Insane asylums in Bengal annual reports 1867-1875 - 1867-1875
Year: 1867
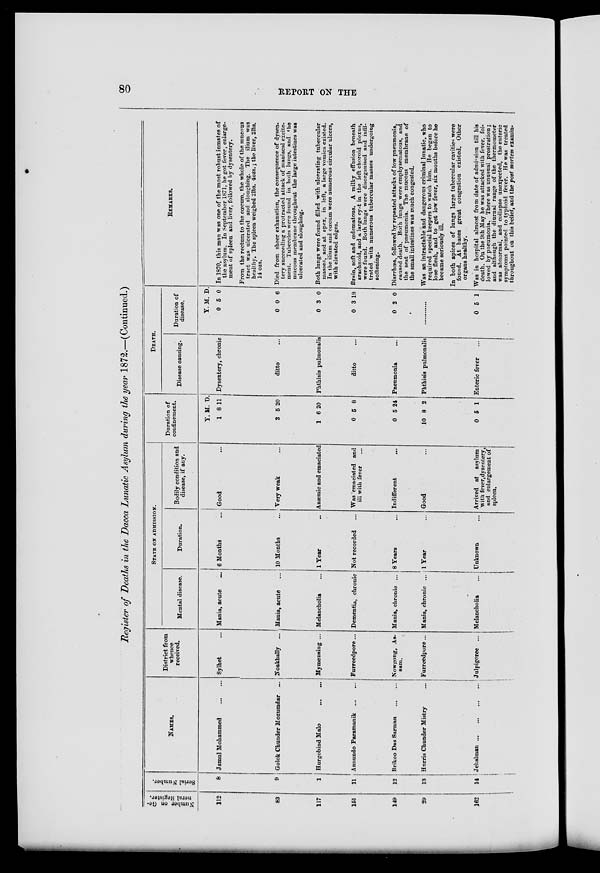
80
REPORT ON THE
Register of Deaths in the Dacca Lunatic Asylum during the year 1872.—(Continued.)
Nu mb e r on Ge-
neral Regi s t
er .
112
83
117
151
149
29
162
Serial Numbe r
.
8
9
1
11
12
13
14
NAMES.
Jamul Mohammed ... ...
Golok Chunder Mozumdar ...
Hurgobind Malo
...
...
Annundo Paramanik
...
...
Brikoo Das Sarman
...
...
Harris Chunder Mistry ...
Jehalman
...
...
...
...
District from
whence
received.
Sylhet ...
Noakhally ...
Mymensing ...
Furreedpore ...
Nowgong, As-
sam.
Furreedpore...
Julpigoree ...
STATE ON ADMISSION.
Mental disease.
Mania, acute
...
Mania, acute ...
Melancholia ...
Dementia, chronic
Mania, chronic ...
Mania, chronic ...
Melancholia ...
Duration.
6 Months ...
10 Months ...
1 Year
Not recorded
8 Years ...
1 Year ...
Unknown ...
Bodily condition and
disease, if any.
Good ...
Very weak ...
Anæmic and emaciated
Was emaciated and
ill with fever ...
Indifferent
... ...
Good ...
Arrived at asylum
with fever,dysentery,
and enlargement of
spleen.
Duration of
confinement.
Y.
1
3
1
0
0
10
0
M
8
5
6
5
5
8
5
D.
11
20
20
8
24
2
1
DEATH.
Disease causing.
Dysentery, chronic
ditto ...
Phthisis pulmonalis
ditto ...
Pneumonia ...
Phthisis pulmonalis
Enteric fever
...
Duration of
disease.
Y.
0
0
0
0
0
M.
5
0
3
3
2
D
0
6
0
18
0
............
0 5 1
REMARKS.
In 1870, this man was one of the most robust inmates of
the asylum. In September 1871, he got fever, enlarge-
ment of spleen and liver, followed by dysentery.
From the rectum to the cœcum, the whole of the mucous
tract was ulcerated and sloughing. The ilium was
healthy. The spleen weighed 2lbs. 4ozs.; the liver, 2lbs.
14 ozs.
Died from sheer exhaustion, the consequence of dysen-
tery succeeding a protracted attack of maniacal excite-
ment. Tubercles were found in both lungs, and the
mucous membrane throughout the large intestines was
ulcerated and sloughing.
Both lungs were found filled with ulcerating tubercular
masses, and at apex, in left, a large vomica existed.
In the ilium and cœcum were numerous circular ulcers,
with elevated edges.
Brain, soft and œdematous. A milky effusion beneath
arachnoid, and a large cyst in the left choroid plexus,
were found. Both lungs were disorganised and infil-
trated with numerous tubercular masses undergoing
softening.
Diarrhœa, followed by repeated attacks of low pneumonia,
caused death. Both lungs were emphysematous, and
the seat of pneumonia. The mucous membrane of
the small intestines was much congested.
Was an intractable and dangerous criminal lunatic, who
required special keepers to watch him. He began to
lose flesh, and to get low fever, six months before he
became seriously ill.
In both apices of lungs large tubercular cavities were
found. At bases great congestion existed. Other
organs healthy.
Was in hospital almost from date of admission till his
death. On the 9th May he was attacked with fever, fol-
lowed by pneumonia. There was unusual prostration;
and although the diurnal range of the thermometer
was abnormal, and collapse unexpected, the enteric
symptoms pointed to typhoid fever. He was treated
throughout on this belief, and the post mortem examin-